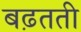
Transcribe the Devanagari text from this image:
बढ़तती